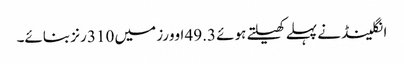
انگلینڈ نے پہلے کھیلتے ہوئے 49.3 اوورز میں 310 رنز بنائے۔